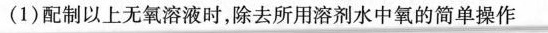
(1)配制以上无氧溶液时，除去所用溶剂水中氧的简单操作